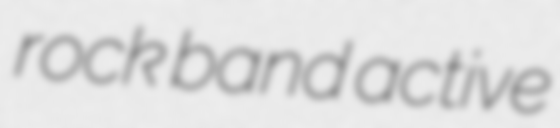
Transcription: rock band active